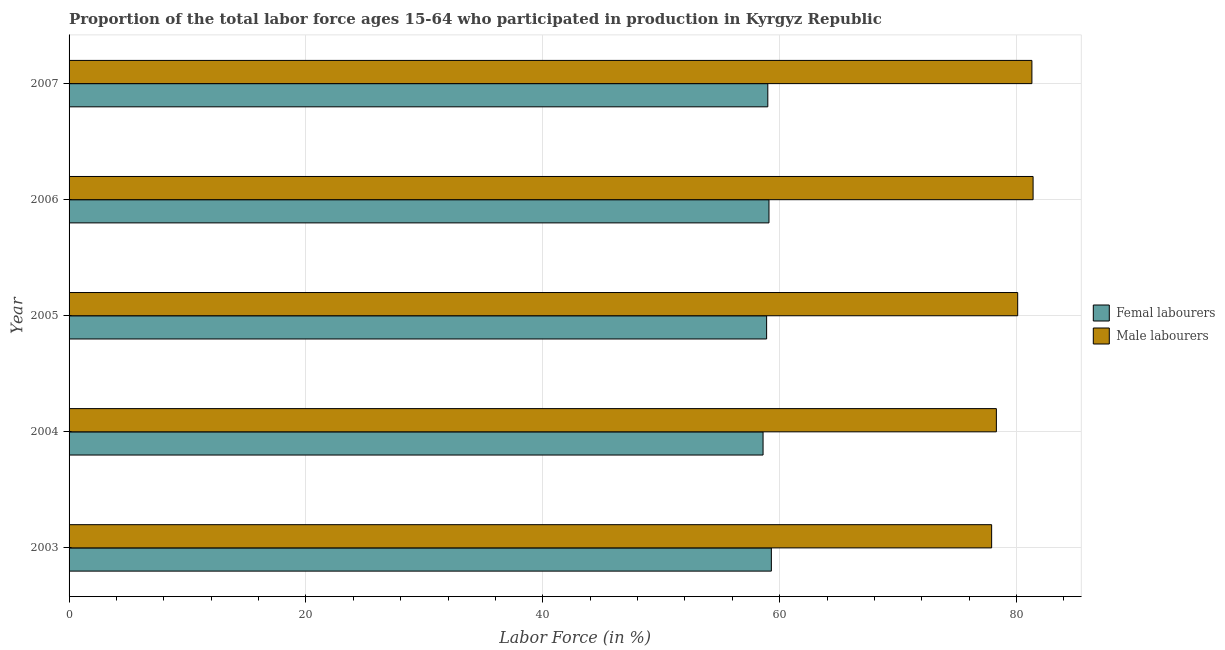
| Year | Femal labourers | Male labourers |
 | --- | --- | --- |
 | 2003 | 59.3 | 77.9 |
 | 2004 | 58.6 | 78.3 |
 | 2005 | 58.9 | 80.1 |
 | 2006 | 59.1 | 81.4 |
 | 2007 | 59 | 81.3 |